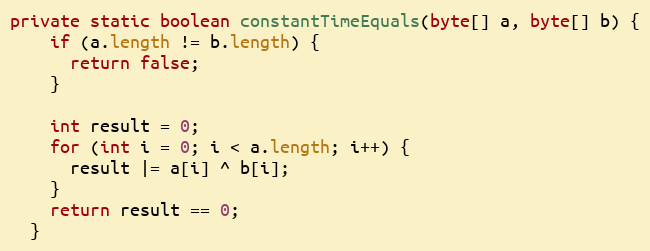
Language: Java
private static boolean constantTimeEquals(byte[] a, byte[] b) {
    if (a.length != b.length) {
      return false;
    }

    int result = 0;
    for (int i = 0; i < a.length; i++) {
      result |= a[i] ^ b[i];
    }
    return result == 0;
  }